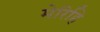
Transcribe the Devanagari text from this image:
मेरिहि